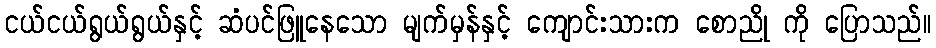
ငယ်ငယ်ရွယ်ရွယ်နှင့် ဆံပင်ဖြူနေသော မျက်မှန်နှင့် ကျောင်းသားက စောညို ကို ပြောသည်။